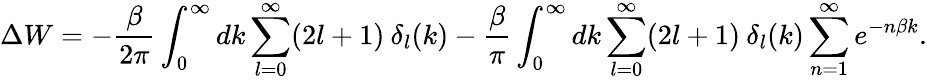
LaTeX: \Delta W=-\frac{\beta}{2\pi}\int_{0}^{\infty}dk\sum_{l=0}^{\infty}(2l+1)\: {\delta}_{l}(k)-\frac{\beta}{\pi}\int_{0}^{\infty}dk\sum_{l=0}^{\infty}(2l+1)\: \delta_{l}(k)\sum_{n=1}^{\infty}e^{-n\beta k}.